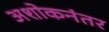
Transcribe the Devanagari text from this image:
अशोकनंतर